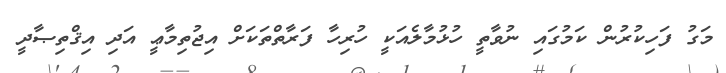
މަގު ފަހިކުރުން ކަމުގައި ނުވާތީ ހުޅުމާލެއަކީ ހުރިހާ ފަރާތްތަކަށް އިޖުތިމާޢީ އަދި އިޤްތިޞާދީ